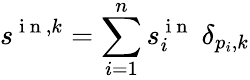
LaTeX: s^{\mathrm{~i~n~},k}=\sum_{i=1}^{n}s_{i}^{\mathrm{~i~n~}}\; \delta_{p_{i},k}